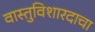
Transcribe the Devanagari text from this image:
वास्तुविशारदाचा